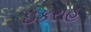
ઇકરાહ